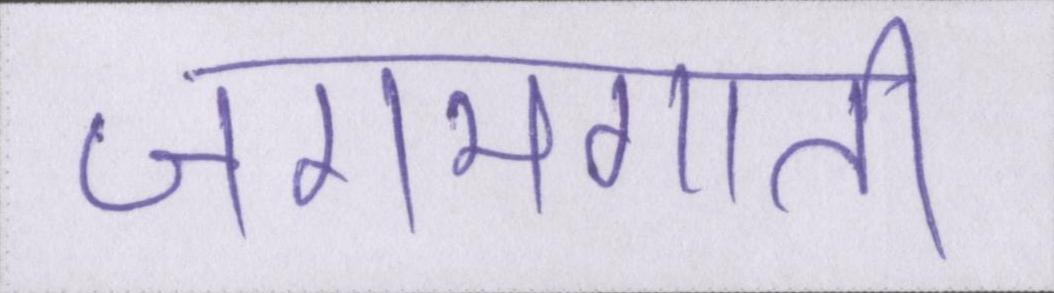
जगमगाती